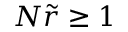
N \widetilde r \geq 1